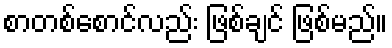
စာတစ်စောင်လည်း ဖြစ်ချင် ဖြစ်မည်။